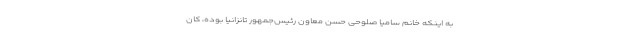
به اینکه خانم سامیا صلوحی حسن معاون رئیس‌جمهور تانزانیا بوده، کان